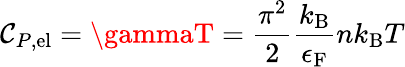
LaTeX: \mathcal{C}_{P,\mathrm{{{el}}}}=\gammaT={\frac{{\pi^{2}}}{{2}}}{\frac{{k_{\mathrm{{{B}}}}}}{{\epsilon_{\mathrm{{{F}}}}}}}nk_{\mathrm{{{B}}}}T